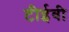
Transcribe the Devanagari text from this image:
टीईवी